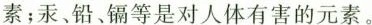
素；汞、铅、镉等是对人体有害的元素。